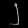
Digit: ၂